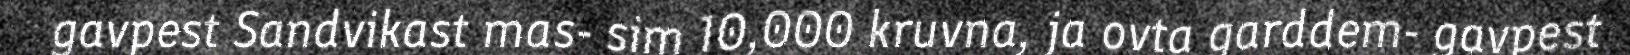
gavpest Sandvikast mas- sim 10,000 kruvna, ja ovta garddem- gavpest